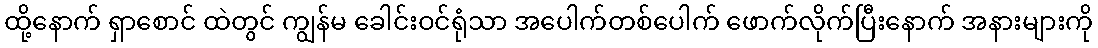
ထို့နောက် ရှာစောင် ထဲတွင် ကျွန်မ ခေါင်းဝင်ရုံသာ အပေါက်တစ်ပေါက် ဖောက်လိုက်ပြီးနောက် အနားများကို